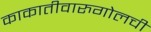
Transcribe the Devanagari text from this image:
काकातीवारुगोलची